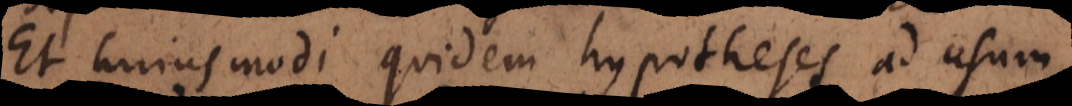
Et hujusmodi quidem hypotheses ad usum